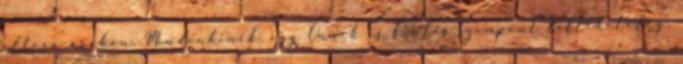
eltérő árakon. Mindenkinek, így Önnek is fontos szempont feltehetőleg,